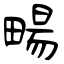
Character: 畼